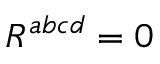
R ^ { a b c d } = 0